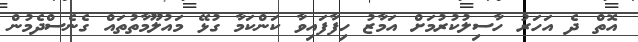
އޮތް ދެ އަހަރު ހާސިލުކުރުމަށް އަމާޒު ހިފާފައިވާ ކަންކަމާ ގުޅޭ މައުލޫމާތުތައް ގެނެސްދެމުން